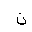
Letter: _non